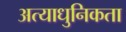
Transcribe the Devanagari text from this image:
अत्याधुनिकता